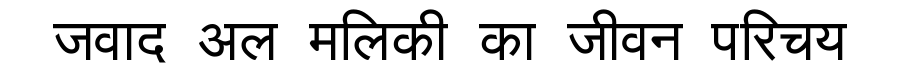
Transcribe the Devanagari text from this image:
जवाद अल मलिकी का जीवन परिचय